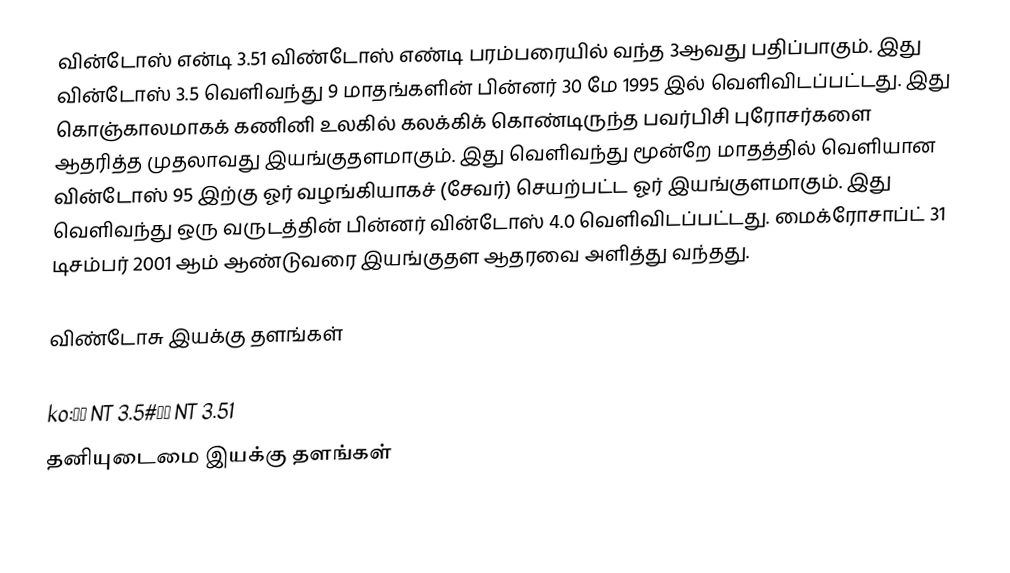
வின்டோஸ் என்டி 3.51 விண்டோஸ் எண்டி பரம்பரையில் வந்த 3ஆவது பதிப்பாகும். இது வின்டோஸ் 3.5 வெளிவந்து 9 மாதங்களின் பின்னர் 30 மே 1995 இல் வெளிவிடப்பட்டது. இது கொஞ்காலமாகக் கணினி உலகில் கலக்கிக் கொண்டிருந்த பவர்பிசி புரோசர்களை ஆதரித்த முதலாவது இயங்குதளமாகும். இது வெளிவந்து மூன்றே மாதத்தில் வெளியான வின்டோஸ் 95 இற்கு ஓர் வழங்கியாகச் (சேவர்) செயற்பட்ட ஓர் இயங்குளமாகும். இது வெளிவந்து ஒரு வருடத்தின் பின்னர் வின்டோஸ் 4.0 வெளிவிடப்பட்டது. மைக்ரோசாப்ட் 31 டிசம்பர் 2001 ஆம் ஆண்டுவரை இயங்குதள ஆதரவை அளித்து வந்தது.

விண்டோசு இயக்கு தளங்கள்

ko:윈도 NT 3.5#윈도 NT 3.51
தனியுடைமை இயக்கு தளங்கள்